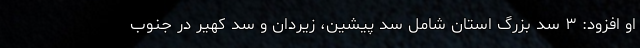
او افزود: ۳ سد بزرگ استان شامل سد پیشین، زیردان و سد کهیر در جنوب